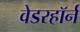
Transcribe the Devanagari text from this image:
वेडरहॉर्न